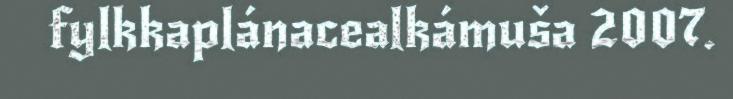
fylkkaplánacealkámuša 2007.